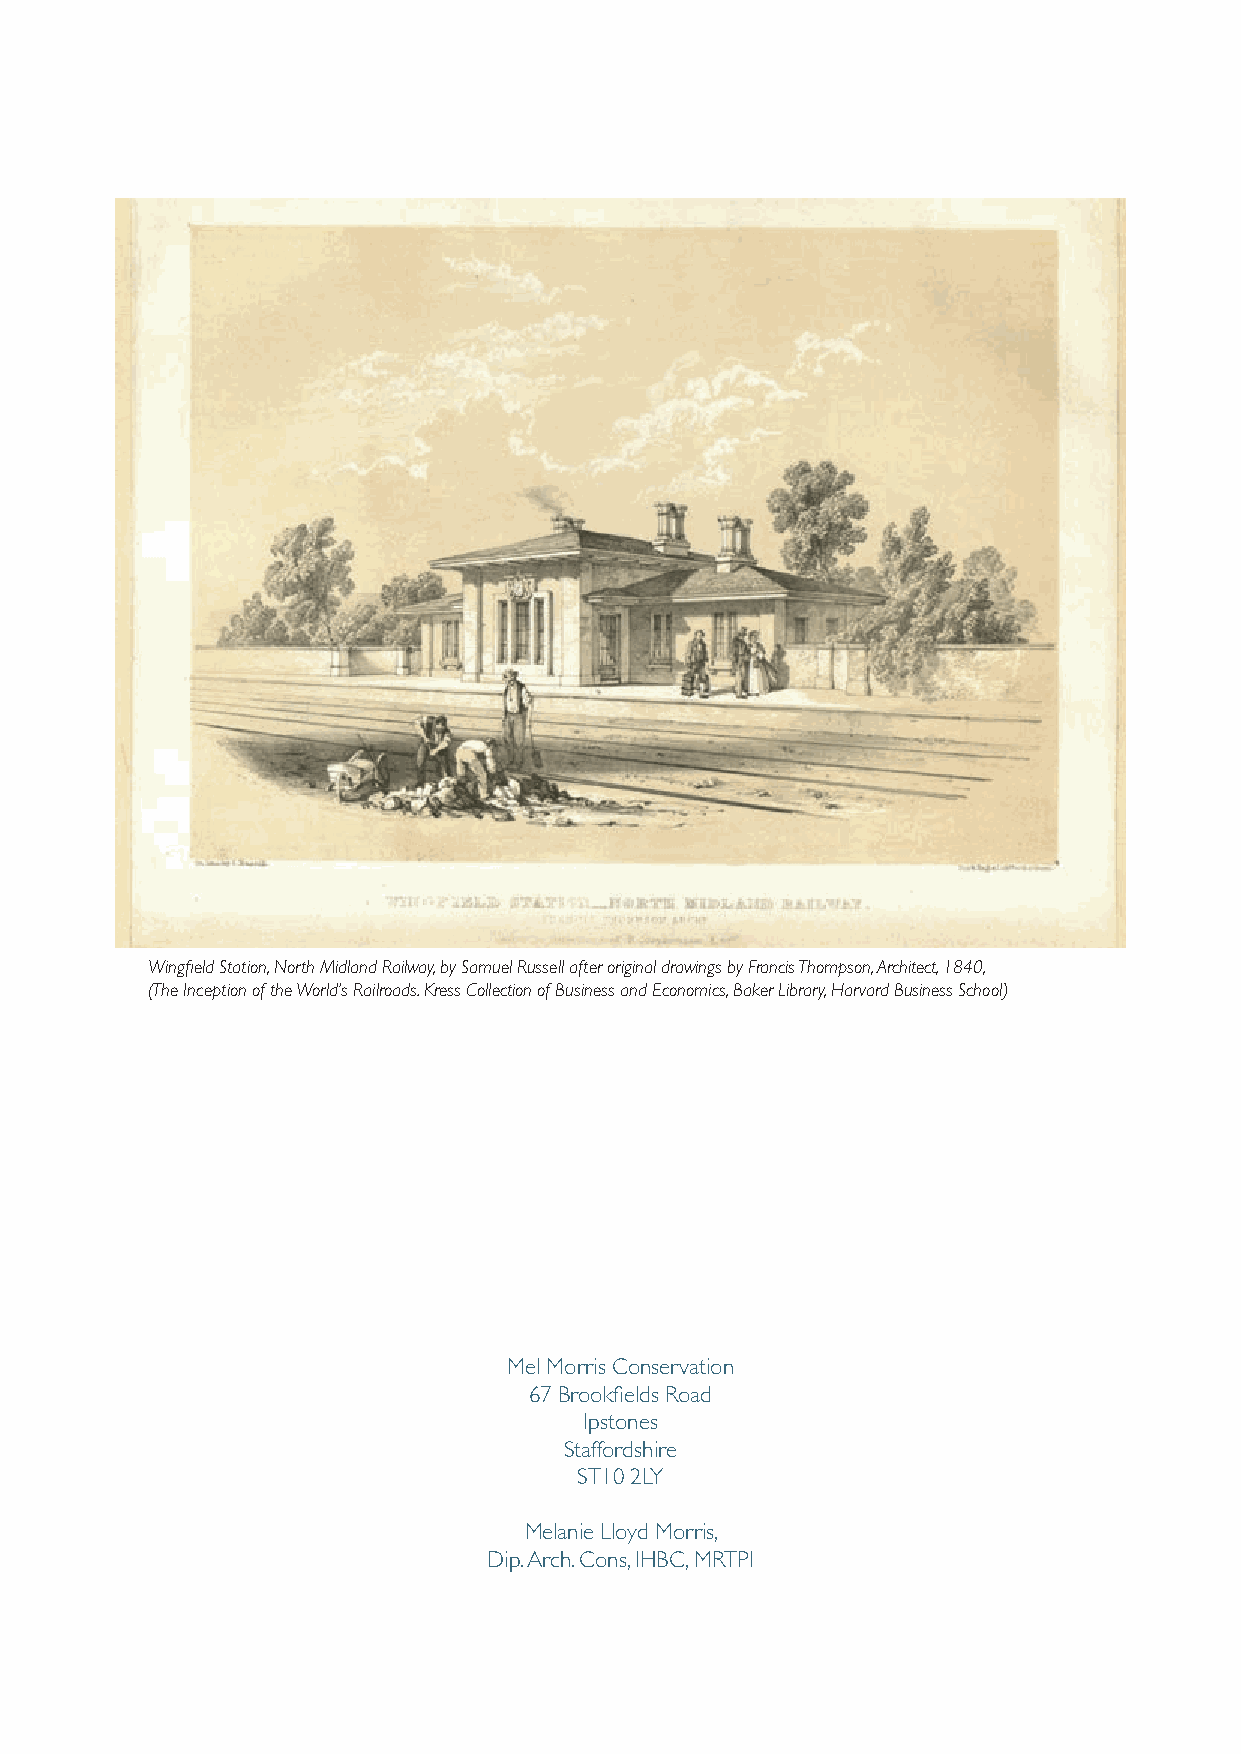
Wingfield Station, North Midland Railway, by Samuel Russell after original drawings by Francis Thompson, Architect, 1840,
 (The Inception of the World’s Railroads. Kress Collection of Business and Economics, Baker Library, Harvard Business School)
 Mel Morris Conservation
 67 Brookfields Road
 Ipstones
 Staffordshire
 ST10 2LY
 Melanie Lloyd Morris,
 Dip. Arch. Cons, IHBC, MRTPI